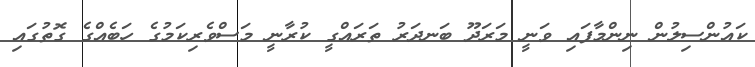
ކައުންސިލުން ނިންމާފައި ވަނީ މަރަދޫ ބަނދަރު ތަރައްގީ ކުރާނީ މަސްވެރިކަމުގެ ހަބެއްގެ ގޮތުގައި